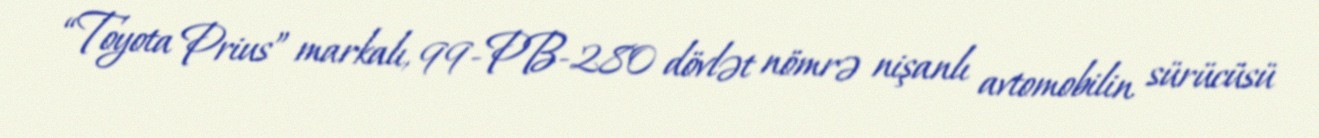
“Toyota Prius” markalı, 99-PB-280 dövlət nömrə nişanlı avtomobilin sürücüsü